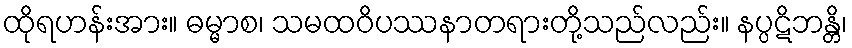
ထိုရဟန်းအား။ ဓမ္မာစ၊ သမထဝိပဿနာတရားတို့သည်လည်း။ နပ္ပဋိဘန္တိ၊